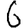
Digit: 6